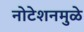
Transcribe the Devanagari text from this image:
नोटेशनमुळे